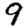
Digit: 9